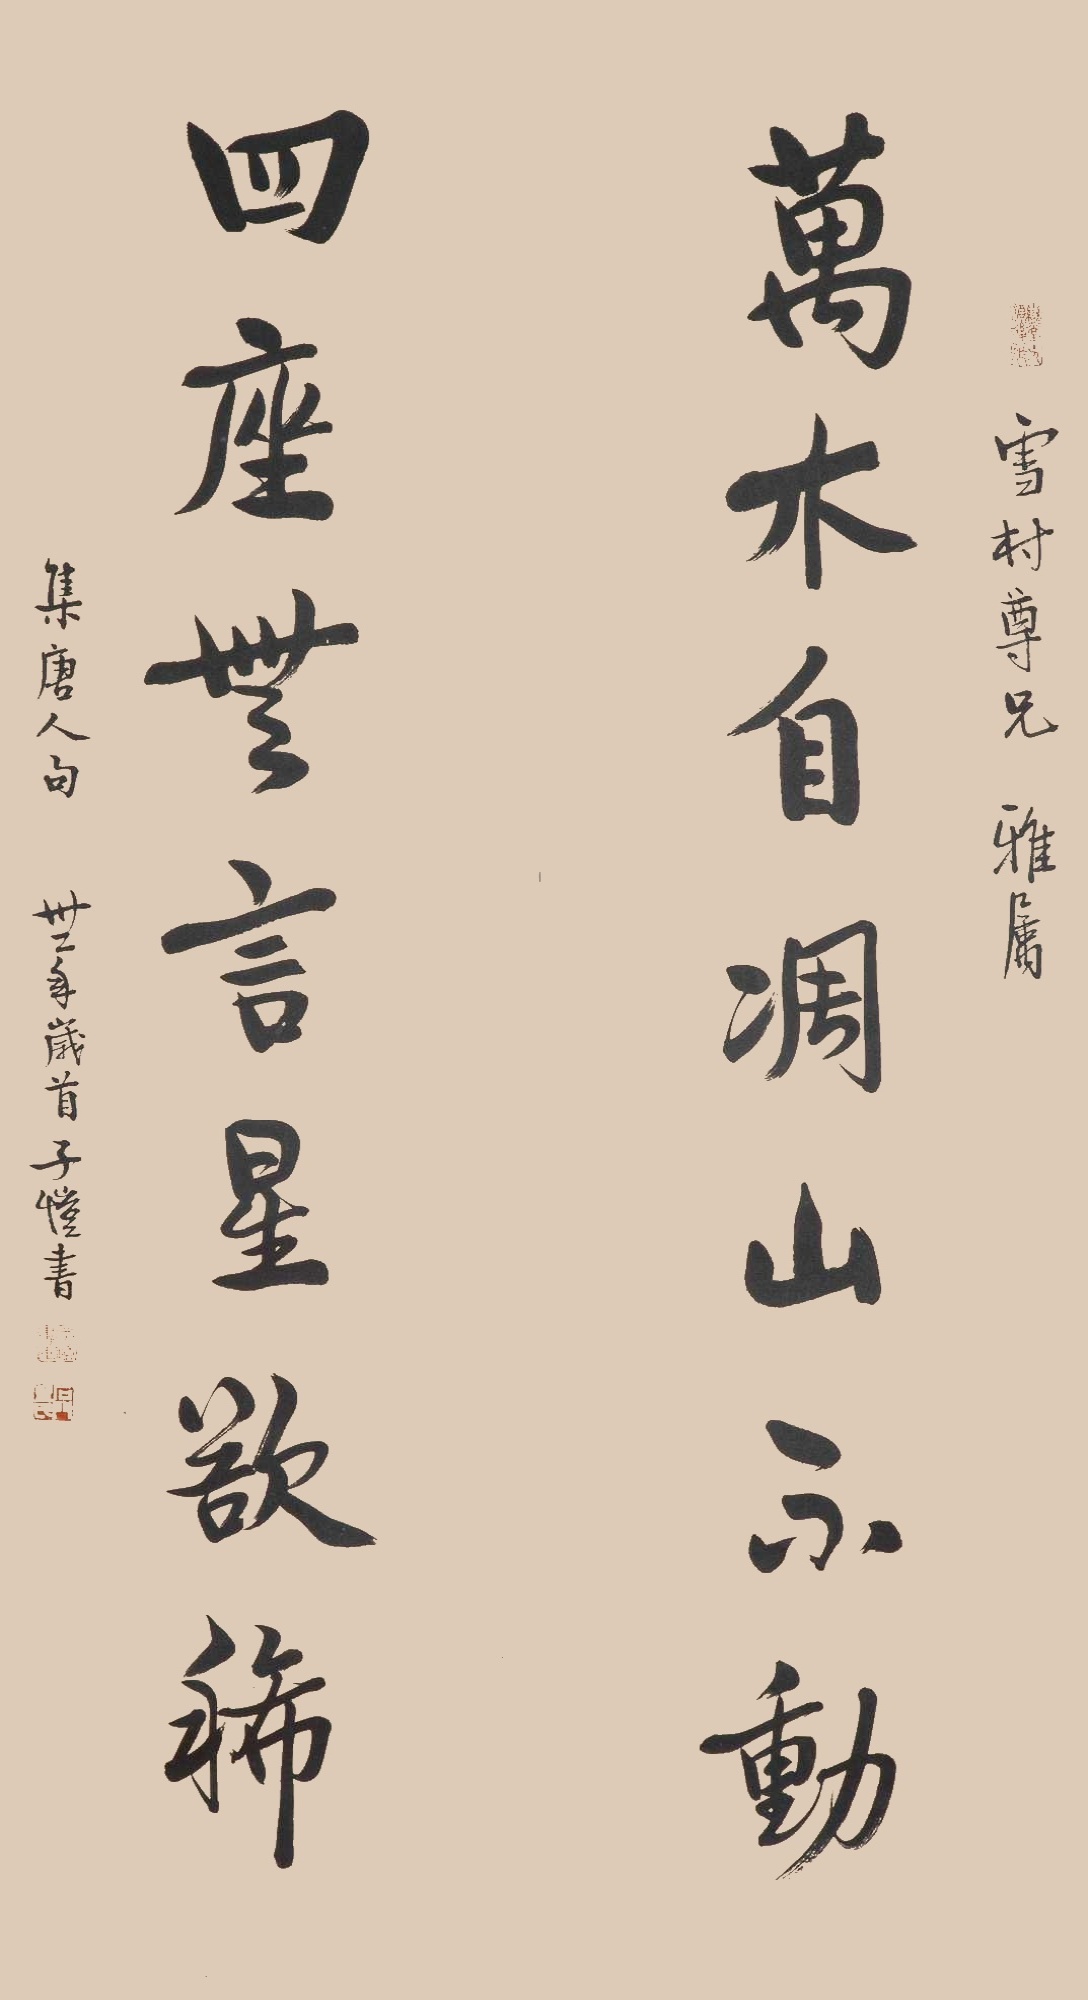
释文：万木自凋山不动，四座无言星欲稀。雪村尊兄雅属，集唐人句，三十二年岁首，子恺书。